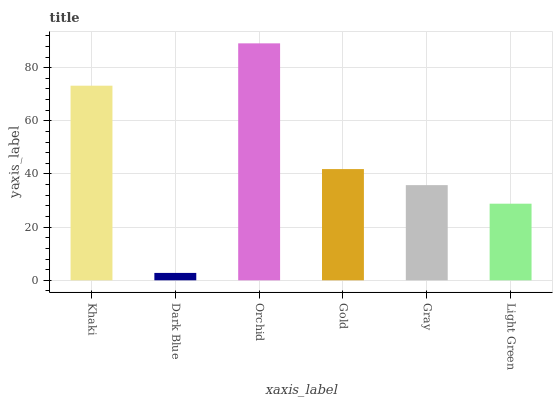
| xaxis_label | bars |
 | --- | --- |
 | Khaki | 73.2 |
 | Dark Blue | 2.78 |
 | Orchid | 89.2 |
 | Gold | 41.8 |
 | Gray | 35.8 |
 | Light Green | 28.8 |